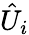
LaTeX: \hat{U}_{i}